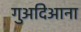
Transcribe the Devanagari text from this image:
गुअदिआना